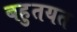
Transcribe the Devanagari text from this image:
बहुतयत